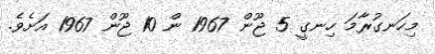
މިހަނގުރާމަ ހިނގީ 5 ޖޫން 1967 ން 10 ޖޫން 1967 އަށެވެ.